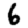
Digit: 6